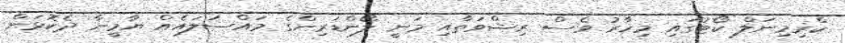
ކްރިމިނަލް ކޯޓުގައި މިހާރު ވެސް ރިޝްވަތާއި މަނީ ލޯންޑަރިންގެ މައްސަލައެއް ޔާމީނާ ދެކޮޅަށް